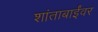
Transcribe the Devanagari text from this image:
शांताबाईंवर